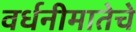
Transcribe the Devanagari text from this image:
वर्धनीमातेचे